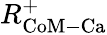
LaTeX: R_{\mathrm{CoM-Ca}}^{+}